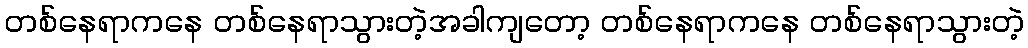
တစ်နေရာကနေ တစ်နေရာသွားတဲ့အခါကျတော့ တစ်နေရာကနေ တစ်နေရာသွားတဲ့